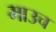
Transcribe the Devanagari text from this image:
माउच